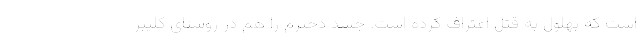
است که بهلول به قتل اعتراف کرده است. جسد دخترم را هم در روستای کلیبر